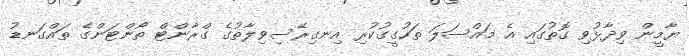
ޔާމީން ވިދާޅުވި ގޮތުގައި އެ މައްސަލަ ތަހުގީގުކުރި އިނގިރޭސިވިލާތުގެ ގްރާންޓް ތޯންޓަންގެ ތައްގަނޑު